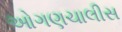
ઓગણચાલીસ